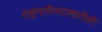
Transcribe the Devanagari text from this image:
राष्ट्रपतीपदासाठीही